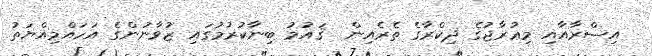
އިސްރާއާއި މިޢުރާޖުގެ ޛިކްރާގެ ތެރެއިން  ޤައުމު ބިނާކުރުމުގައި ޒުވާނުންގެ އަހައްމިއްޔަތު